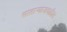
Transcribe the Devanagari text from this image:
सातार्‍याजवळील